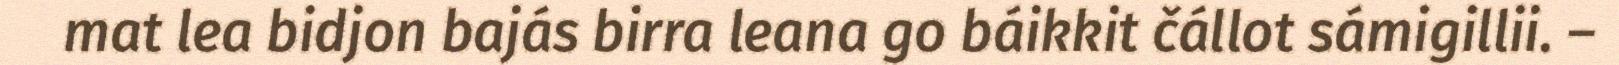
mat lea bidjon bajás birra leana go báikkit čállot sámigillii. –